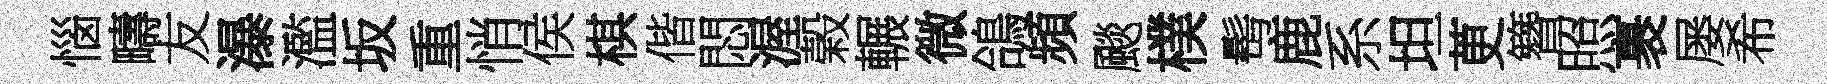
惱疇友瀑濫坂重悄侯棋偕悶渥榖輾微鴿頻颷樸髩鹿系坦茰簪照裹屡希